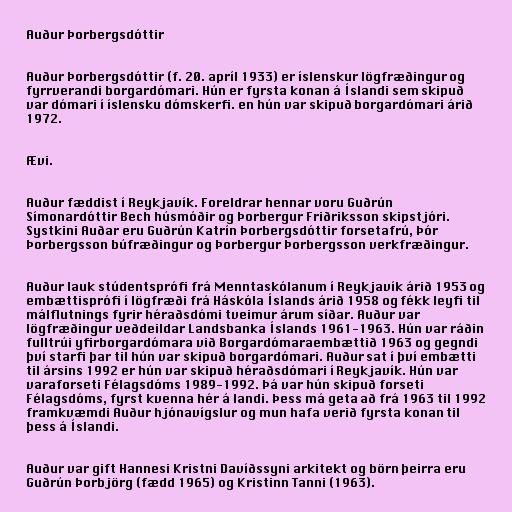
Auður Þorbergsdóttir

Auður Þorbergsdóttir (f. 20. apríl 1933) er íslenskur lögfræðingur og
fyrrverandi borgardómari. Hún er fyrsta konan á Íslandi sem skipuð
var dómari í íslensku dómskerfi. en hún var skipuð borgardómari árið
1972.

Ævi.

Auður fæddist í Reykjavík. Foreldrar hennar voru Guðrún
Símonardóttir Bech húsmóðir og Þorbergur Friðriksson skipstjóri.
Systkini Auðar eru Guðrún Katrín Þorbergsdóttir forsetafrú, Þór
Þorbergsson búfræðingur og Þorbergur Þorbergsson verkfræðingur.

Auður lauk stúdentsprófi frá Menntaskólanum í Reykjavík árið 1953 og
embættisprófi í lögfræði frá Háskóla Íslands árið 1958 og fékk leyfi til
málflutnings fyrir héraðsdómi tveimur árum síðar. Auður var
lögfræðingur veðdeildar Landsbanka Íslands 1961-1963. Hún var ráðin
fulltrúi yfirborgardómara við Borgardómaraembættið 1963 og gegndi
því starfi þar til hún var skipuð borgardómari. Auður sat í því embætti
til ársins 1992 er hún var skipuð héraðsdómari í Reykjavík. Hún var
varaforseti Félagsdóms 1989-1992. Þá var hún skipuð forseti
Félagsdóms, fyrst kvenna hér á landi. Þess má geta að frá 1963 til 1992
framkvæmdi Auður hjónavígslur og mun hafa verið fyrsta konan til
þess á Íslandi.

Auður var gift Hannesi Kristni Davíðssyni arkitekt og börn þeirra eru
Guðrún Þorbjörg (fædd 1965) og Kristinn Tanni (1963).